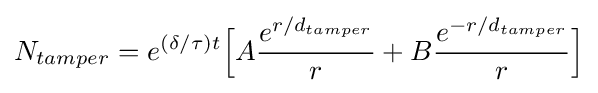
N_{tamper}=e^{(\delta /\tau )t}{\Bigl [}A{\frac {e^{r/d_{tamper}}}{r}}+B{\frac {e^{-r/d_{tamper}}}{r}}{\Bigr ]}